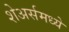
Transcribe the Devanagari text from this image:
शेअर्समध्ये